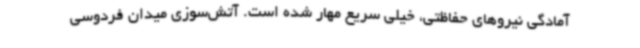
آمادگی نیروهای حفاظتی، خیلی سریع مهار شده است. آتش‌سوزی میدان فردوسی